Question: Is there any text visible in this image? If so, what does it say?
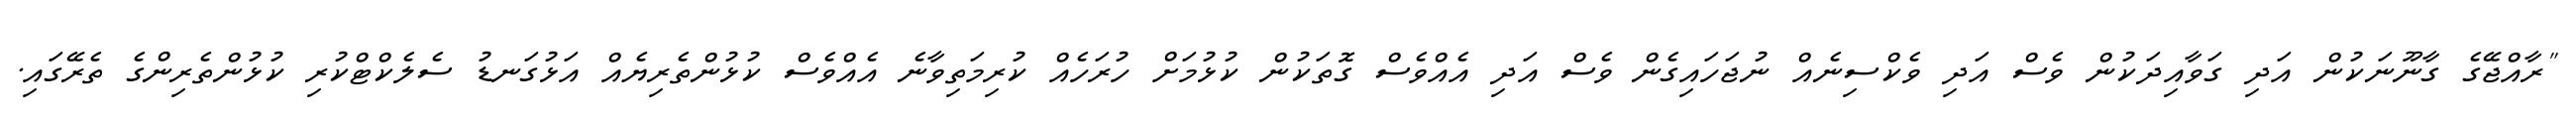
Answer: "ރާއްޖޭގެ ގާނޫނަކުން އަދި ގަވާއިދަކުން ވެސް އަދި ވެކްސިނެއް ނުޖަހައިގެން ވެސް އަދި އެއްވެސް ގޮތަކުން ކުޅުމަށް ހުރަހެއް ކުރިމަތިވާނެ އެއްވެސް ކުޅުންތެރިޔެއް އަޅުގަނޑު ސެލެކްޓްކުރި ކުޅުންތެރިންގެ ތެރޭގައި.